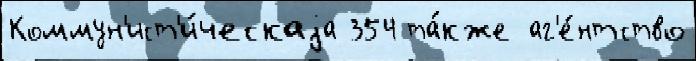
Коммун'ист'и́ческаjа 354 та́кже аг'е́нтство